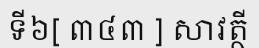
ទី៦[ ៣៤៣ ] សាវត្ថី